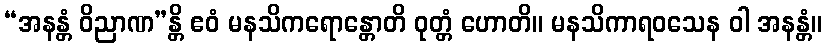
“အနန္တံ ဝိညာဏ”န္တိ ဧဝံ မနသိကရောန္တောတိ ဝုတ္တံ ဟောတိ။ မနသိကာရဝသေန ဝါ အနန္တံ။